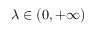
\lambda \in ( 0 , + \infty )